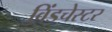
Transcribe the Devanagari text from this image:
विंडचेस्टर